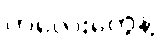
ကလေးတွေနဲ့